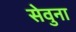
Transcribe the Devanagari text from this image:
सेवुना